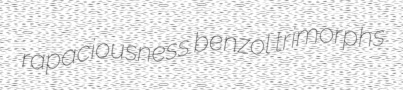
rapaciousness benzol trimorphs